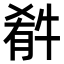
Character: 𤚁